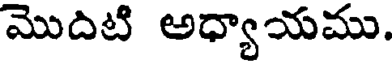
మొదిటి అధ్యాయము.